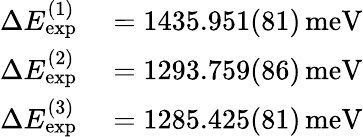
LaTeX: \begin{array}{rl}{\Delta E_{\mathrm{exp}}^{(1)}}&{{}=1435.951(81)\, \mathrm{meV}}\\ {\Delta E_{\mathrm{exp}}^{(2)}}&{{}=1293.759(86)\, \mathrm{meV}}\\ {\Delta E_{\mathrm{exp}}^{(3)}}&{{}=1285.425(81)\, \mathrm{meV}}\end{array}